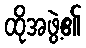
ထိုအဖွဲ့၏